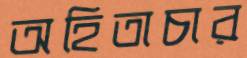
অহিতাচার